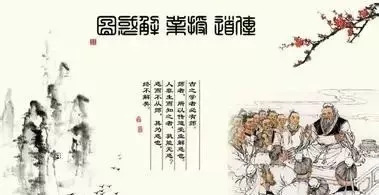
国将兴，必贵师而重傅，贵师而重傅，则法度存。